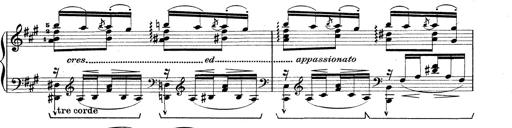
Title: Rapsodie: 19 ungheresi, 1 spagnuola
Composer: Franz Liszt